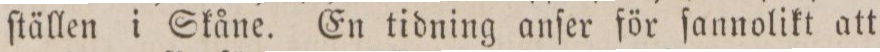
ſtällen i Skåne. En tidning anſer för ſannolikt att